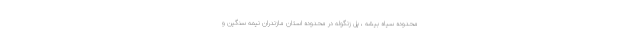
محدوده سیاه بیشه ، پل زنگوله در محدوده استان مازندران نیمه سنگین و